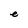
Character: e